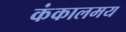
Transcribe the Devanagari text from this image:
कंकालमय